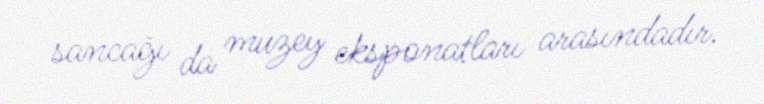
sancağı da muzey eksponatları arasındadır.